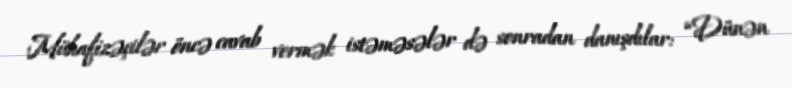
Mühafizəçilər öncə cavab vermək istəməsələr də sonradan danışdılar: “Dünən